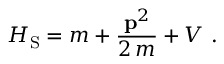
H _ { \mathrm { S } } = m + \frac { { \bf p } ^ { 2 } } { 2 \, m } + V \ .